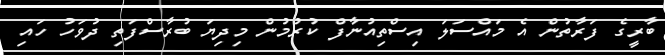
ބާރީގެ ފަރާތުން އެ މައްސަލަ އިސްތިއުނާފް ކުރުމުން މިދިޔަ ބުރާސްފަތި ދުވަހު ހައި